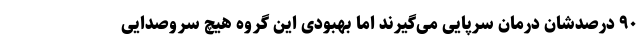
۹۰ درصدشان درمان سرپایی می‌گیرند اما بهبودی این گروه هیچ سروصدایی